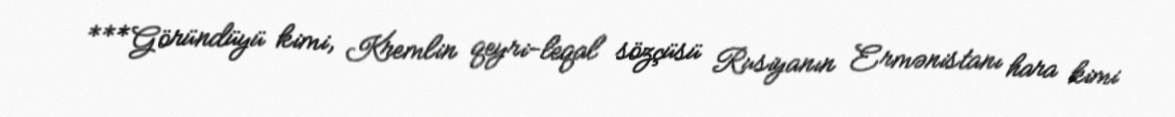
***Göründüyü kimi, Kremlin qeyri-leqal sözçüsü Rusiyanın Ermənistanı hara kimi